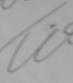
Signature authenticity: genuine